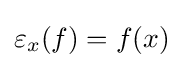
\varepsilon _{x}(f)=f(x)